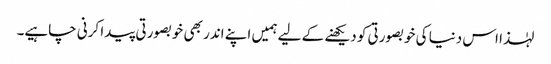
لہٰذا اس دنیا کی خوبصورتی کو دیکھنے کے لیے ہمیں اپنے اندر بھی خوبصورتی پیدا کرنی چاہیے۔